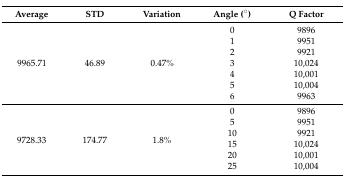
| Average | STD | Variation | Angle (°) | Q Factor |
 | --- | --- | --- | --- | --- |
 | <ROWSPAN=7> 9965.71 | <ROWSPAN=7> 46.89 | <ROWSPAN=7> 0.47% | 0 | 9896 |
 | 1 | 9951 |
 | 2 | 9921 |
 | 3 | 10,024 |
 | 4 | 10,001 |
 | 5 | 10,004 |
 | 6 | 9963 |
 | <ROWSPAN=6> 9728.33 | <ROWSPAN=6> 174.77 | <ROWSPAN=6> 1.8% | 0 | 9896 |
 | 5 | 9951 |
 | 10 | 9921 |
 | 15 | 10,024 |
 | 20 | 10,001 |
 | 25 | 10,004 |